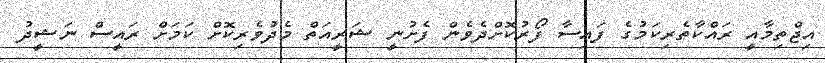
އިޖްތިމާއީ ރައްކާތެރިކަމުގެ ފައިސާ ފޯރުކޮށްދެވެން ފެށުނީ ޝަރީއަތް މެދުވެރިކޮށް ކަމަށް ރައީސް ނަޝީދު